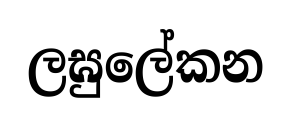
ලඝුලේකන